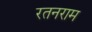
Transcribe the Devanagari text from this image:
रतनराम